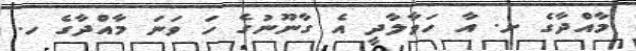
މާއްދާގެ ށ. އާ ހަވާލާދީ އެ ގާނޫނުގެ ހަ ވަނަ މާއްދާގެ ހ.